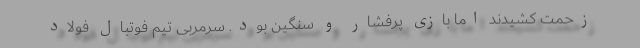
زحمت کشیدند اما بازی پرفشار و سنگین بود. سرمربی تیم فوتبال فولاد